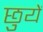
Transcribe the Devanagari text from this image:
छुयें